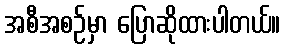
အစီအစဉ်မှာ ပြောဆိုထားပါတယ်။